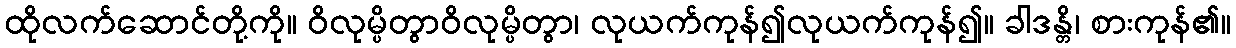
ထိုလက်ဆောင်တို့ကို။ ဝိလုမ္ပိတွာဝိလုမ္ပိတွာ၊ လုယက်ကုန်၍လုယက်ကုန်၍။ ခါဒန္တိ၊ စားကုန်၏။